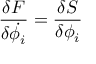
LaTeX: { \frac { \delta F } { \delta \dot { \phi _ { i } } } } = { \frac { \delta S } { \delta \phi _ { i } } }